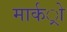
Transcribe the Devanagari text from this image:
मार्कर्ो